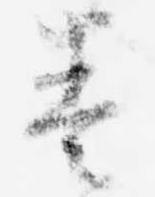
奏